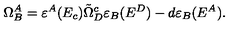
\Omega _ { B } ^ { A } = \varepsilon ^ { A } ( E _ { c } ) \tilde { \Omega } _ { D } ^ { c } \varepsilon _ { B } ( E ^ { D } ) - d \varepsilon _ { B } ( E ^ { A } ) .